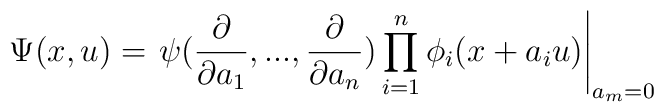
\Psi(x,u) = \left.\psi(\frac{\partial}{\partial a_1},...,\frac{\partial}{\partial a_n})\prod_{i=1}^n \phi_i(x + a_i u) \right|_{a_m = 0}